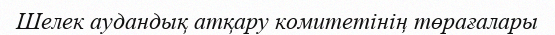
Шелек аудандық атқару комитетінің төрағалары